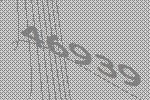
46939